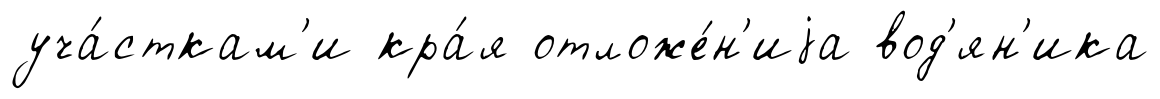
уча́сткам'и кра́я отложе́н'иjа вод'ян'ика